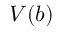
V ( b )